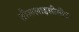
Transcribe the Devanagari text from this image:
तौललाइसीमीटर